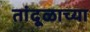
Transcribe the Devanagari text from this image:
तांदूळाच्या